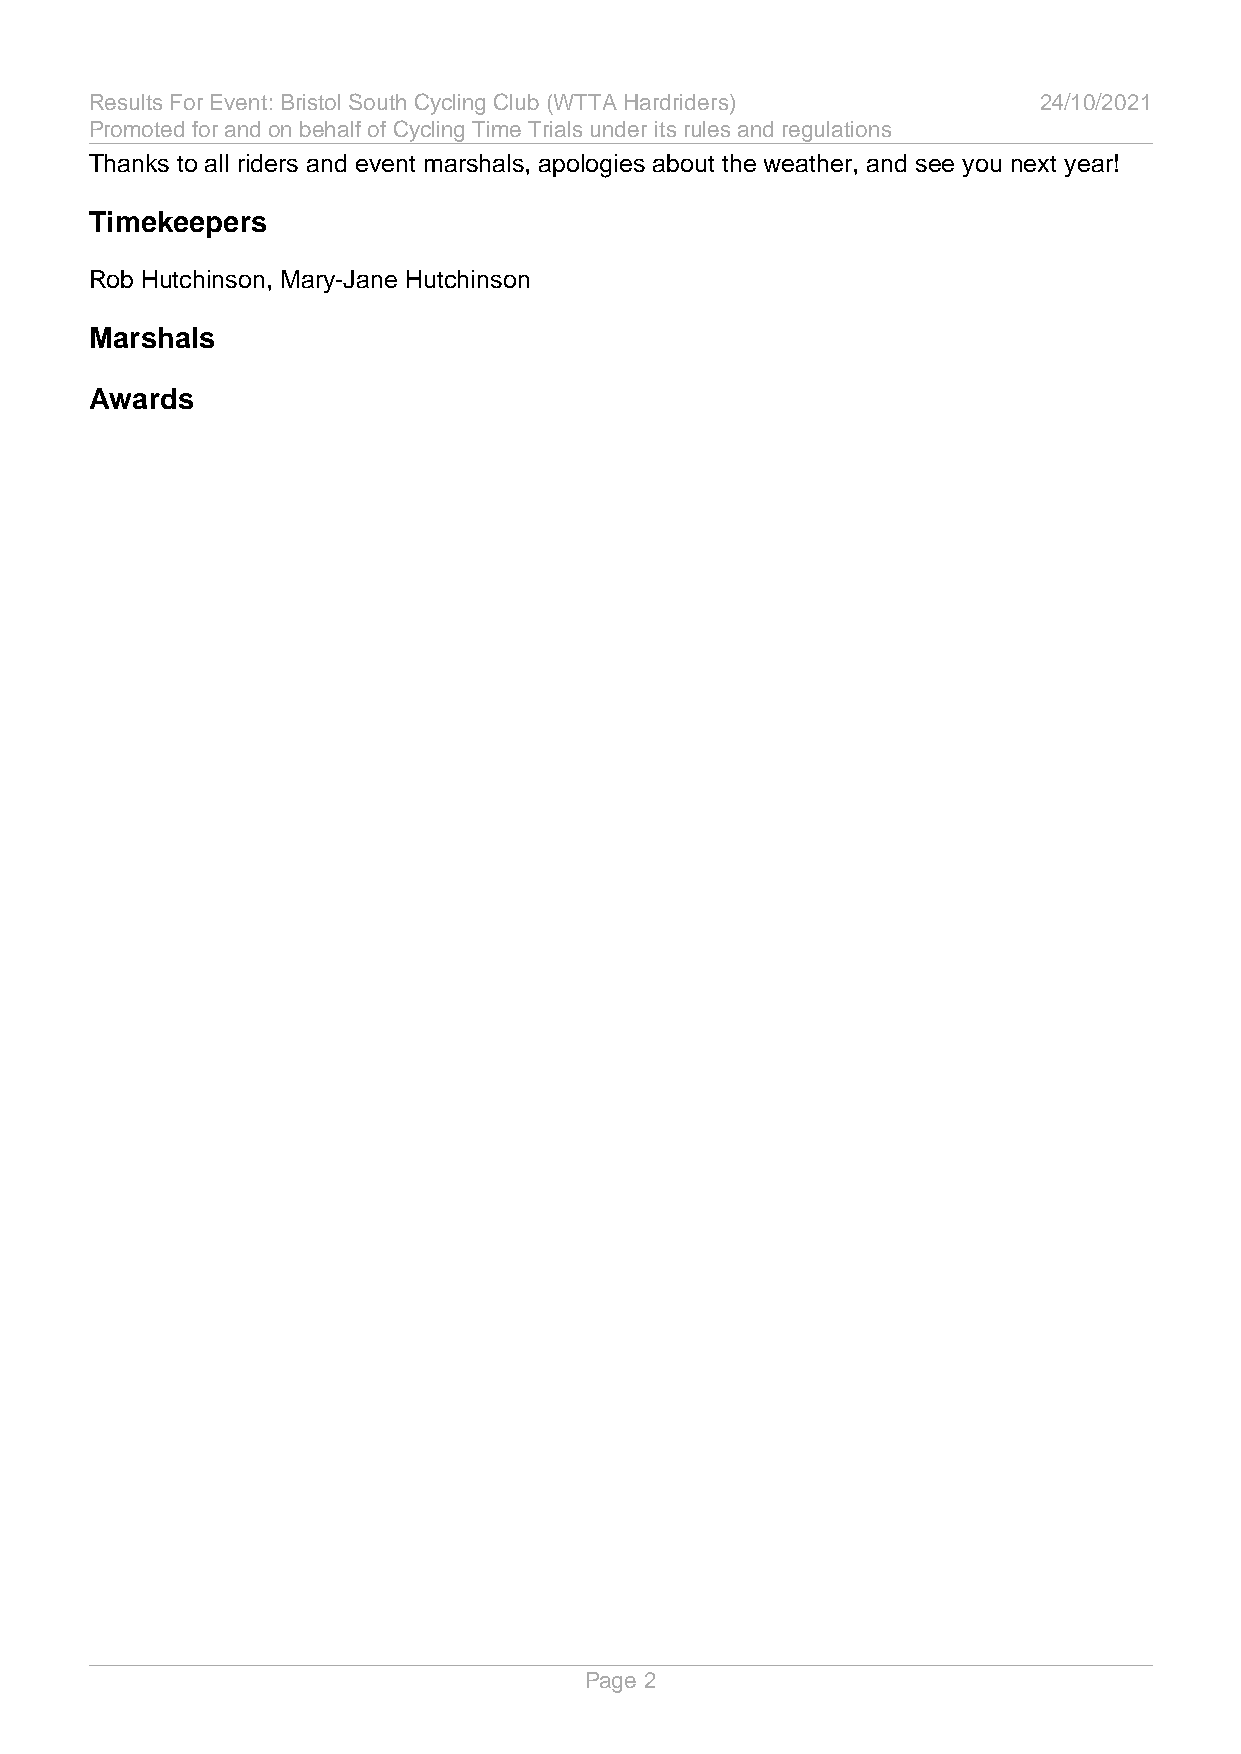
Results For Event: Bristol South Cycling Club (WTTA Hardriders) 24/10/2021
 Promoted for and on behalf of Cycling Time Trials under its rules and regulations
 Thanks to all riders and event marshals, apologies about the weather, and see you next year!
 Timekeepers
 Rob Hutchinson, Mary-Jane Hutchinson
 Marshals
 Awards
 Page 2